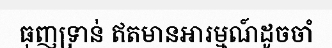
ធុញទ្រាន់ ឥតមានអារម្មណ៍ដូចចាំ